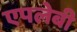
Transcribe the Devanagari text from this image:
एपलेबी